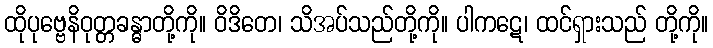
ထိုပုဗ္ဗေနိဝုတ္တခန္ဓာတို့ကို။ ဝိဒိတေ၊ သိအပ်သည်တို့ကို။ ပါကဋေ၊ ထင်ရှားသည် တို့ကို။